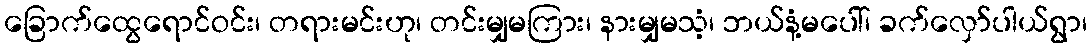
ခြောက်ထွေရောင်ဝင်း၊ တရားမင်းဟု၊ တင်းမျှမကြား၊ နားမျှမသံ့၊ ဘယ်နံ့မပေါ်၊ ခက်လှော်ပါယ်ရွာ၊